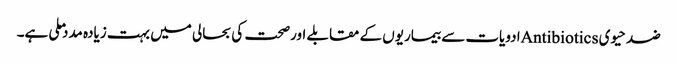
ضد حیوی Antibioticsادویات سے بیماریوں کے مقابلے اورصحت کی بحالی میں بہت زیادہ مدد ملی ہے۔